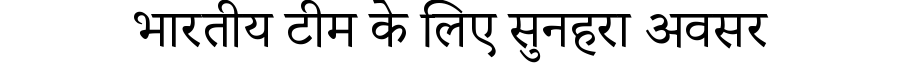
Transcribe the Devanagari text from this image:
भारतीय टीम के लिए सुनहरा अवसर